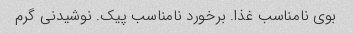
بوی نامناسب غذا. برخورد نامناسب پیک. نوشیدنی گرم